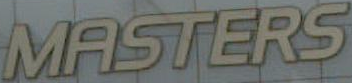
MASTERS